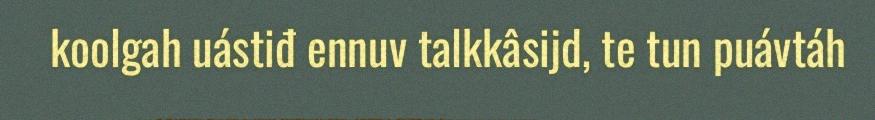
koolgah uástiđ ennuv talkkâsijd, te tun puávtáh